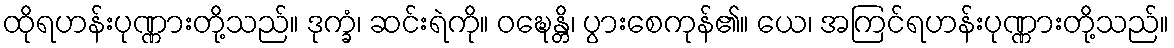
ထိုရဟန်းပုဏ္ဏားတို့သည်။ ဒုက္ခံ၊ ဆင်းရဲကို။ ဝဍ္ဎေန္တိ၊ ပွားစေကုန်၏။ ယေ၊ အကြင်ရဟန်းပုဏ္ဏားတို့သည်။